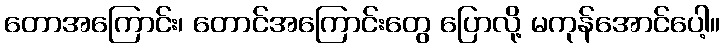
တောအကြောင်း၊ တောင်အကြောင်းတွေ ပြောလို့ မကုန်အောင်ပေါ့။